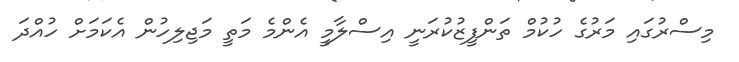
މިސްރުގައި މަރުގެ ހުކުމް ތަންފީޒުކުރަނީ އިސްލާމީ އެންމެ މަތީ މަޖިލިހުން އެކަމަށް ހުއްދަ